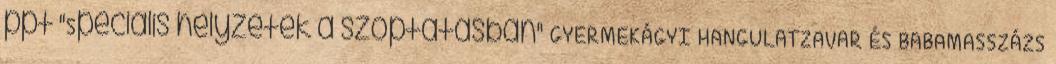
ppt "Speciális helyzetek a szoptatásban" GYERMEKÁGYI HANGULATZAVAR ÉS BABAMASSZÁZS